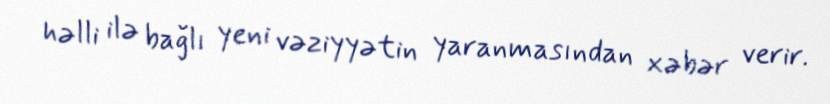
həlli ilə bağlı yeni vəziyyətin yaranmasından xəbər verir.